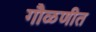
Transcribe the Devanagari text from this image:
गौळणीत